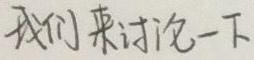
我们来讨论一下